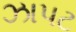
ઝાપટ